Source: Computer-generated
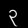
Digit: ၃ (3)